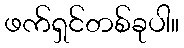
ဖက်ရှင်တစ်ခုပါ။